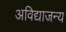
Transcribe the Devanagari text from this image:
अविद्याजन्य